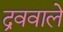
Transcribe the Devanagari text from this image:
द्रववाले